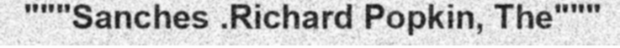
"""Sanches .Richard Popkin, The"""